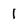
Character: I